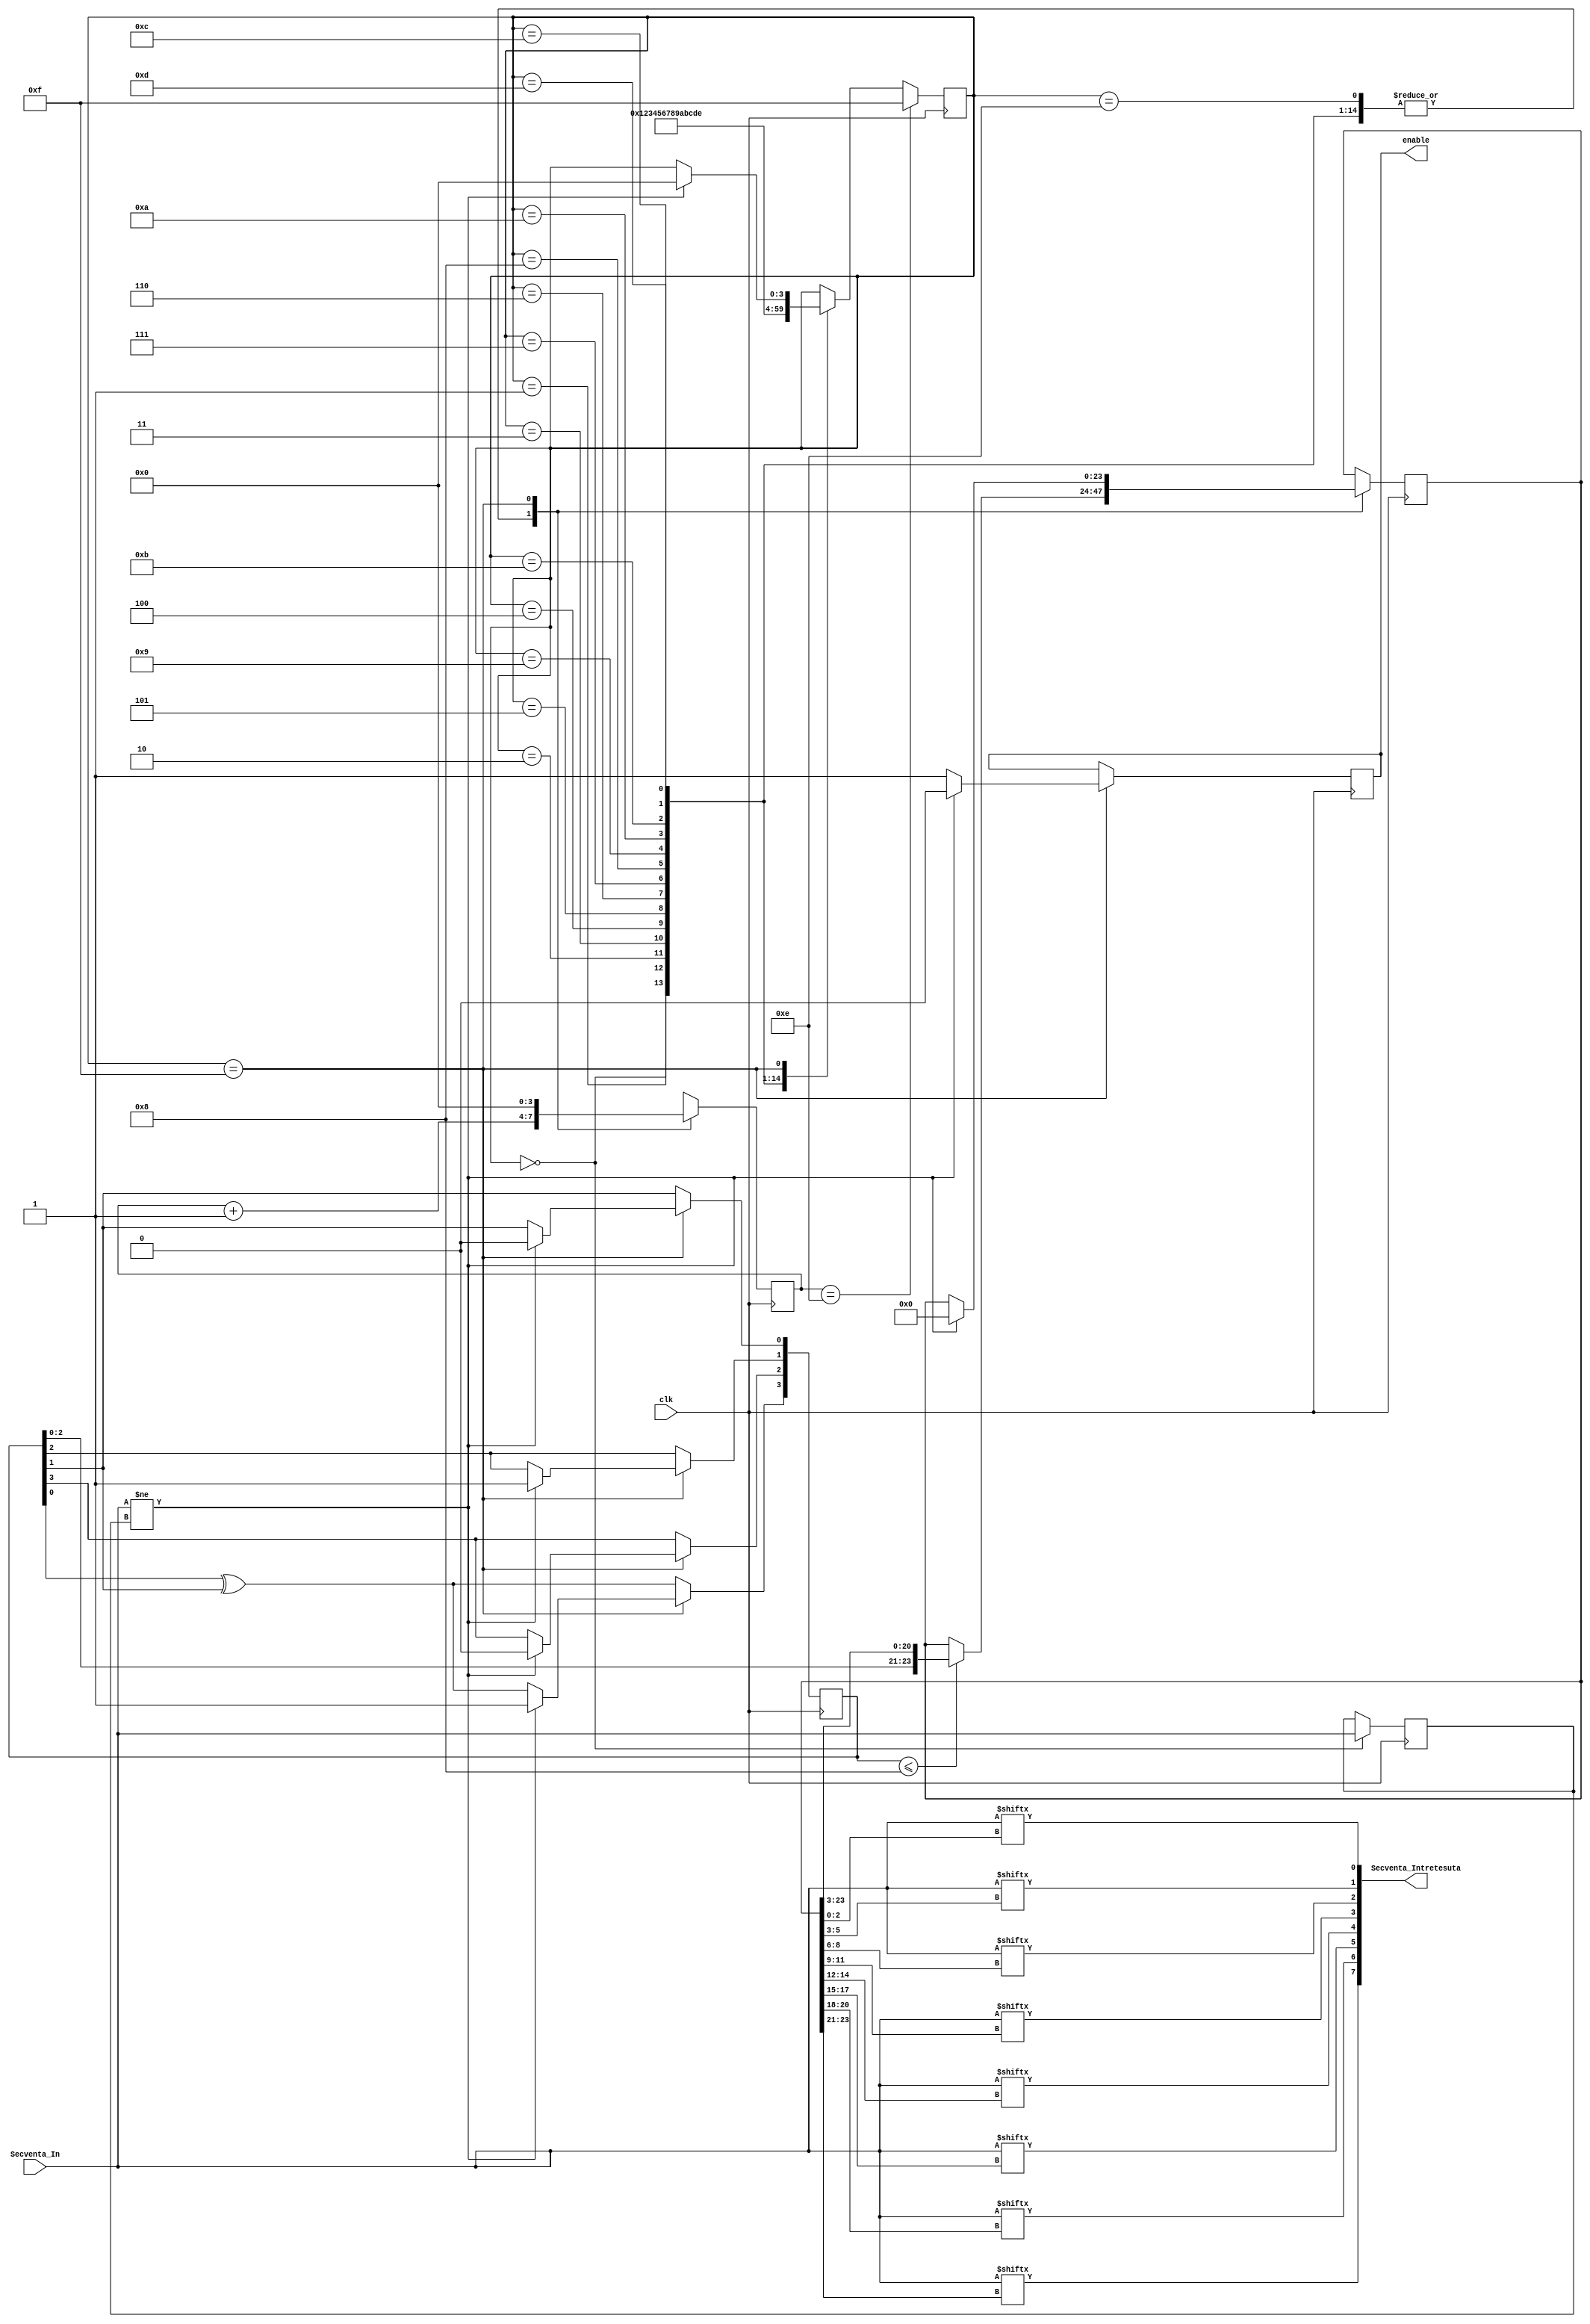
module IntretesatorAleator(clk,Secventa_In,Secventa_Intretesuta,enable
	);

	input        clk;
	input  [7:0] Secventa_In;
	output [7:0] Secventa_Intretesuta;
	output reg   enable;

	reg [3:0]  d       = 4'b1010; //SEED 'd1010
	reg [3:0]  contor   = 4'b0; //CELULE DE INTARZIERE
	reg [3:0]  state    = 4'b0;//FSM
	reg [23:0] indice   = 24'b0;
	reg [7:0]  reg_temp = 8'b0;//PENTRU REALUARE ALGORITM DATE DE INTRARE NOI

	//LFSR Interleaver based method
	assign Secventa_Intretesuta={Secventa_In[indice[23:21]],Secventa_In[indice[20:18]],Secventa_In[indice[17:15]],Secventa_In[indice[14:12]],Secventa_In[indice[11:9]],Secventa_In[indice[8:6]],Secventa_In[indice[5:3]],Secventa_In[indice[2:0]]};

	integer i;

	always @(posedge clk) begin
		d[3] <= d[0] ^ d[1];
		for (i=0; i<=2; i=i+1) begin //POLINOM PRIMITIV GENERATOR= X^4 + X + 1;
			d[i] <= d[i+1];
		end
		
		case (state)
			4'b0000: begin
			reg_temp <= Secventa_In;
				if({d[3],d[2],d[1],d[0]} <= 4'b1000) begin
					indice[23:0] <= {{d[2],d[1],d[0]}, indice[23:3]};
				end
			state  <= 4'b0001;
			contor <= contor + 1'b1;
			end
			
			4'b0001: begin
				if({d[3],d[2],d[1],d[0]} <= 4'b1000)begin
					indice[23:0] <= {{d[2],d[1],d[0]}, indice[23:3]};
				end
			state  <= 4'b0010;
			contor <= contor + 1'b1;
			end
			
			4'b0010: begin
				if({d[3],d[2],d[1],d[0]} <= 4'b1000) begin
					indice[23:0] <= {{d[2],d[1],d[0]}, indice[23:3]};
				end
			state  <= 4'b0011;
			contor <= contor + 1'b1;
			end
			
			4'b0011: begin
				if({d[3],d[2],d[1],d[0]} <= 4'b1000) begin
					indice[23:0] <= {{d[2],d[1],d[0]}, indice[23:3]};
				end
			state  <= 4'b0100;
			contor <= contor + 1'b1;
			end
			
			4'b0100: begin
				if({d[3],d[2],d[1],d[0]} <= 4'b1000) begin
					indice[23:0] <= {{d[2],d[1],d[0]}, indice[23:3]};
				end
			state  <= 4'b0101;
			contor <= contor + 1'b1;
			end
			
			4'b0101: begin
				if({d[3],d[2],d[1],d[0]} <= 4'b1000) begin
					indice[23:0] <= {{d[2],d[1],d[0]}, indice[23:3]};
				end
			state  <= 4'b0110;
			contor <= contor + 1'b1;
			end
			
			4'b0110: begin
				if({d[3],d[2],d[1],d[0]} <= 4'b1000) begin
					indice[23:0] <= {{d[2],d[1],d[0]}, indice[23:3]};
				end
			state<=4'b0111;
			contor<=contor + 1'b1;
			end
			
			4'b0111: begin
				if({d[3],d[2],d[1],d[0]} <= 4'b1000) begin
					indice[23:0] <= {{d[2],d[1],d[0]}, indice[23:3]};
				end
			state  <= 4'b1000;
			contor <= contor + 1'b1;	
			end
			
			4'b1000: begin
				if({d[3],d[2],d[1],d[0]} <= 4'b1000) begin
					indice[23:0] <= {{d[2],d[1],d[0]}, indice[23:3]};
				end
			state  <= 4'b1001;
			contor <= contor + 1'b1;
			end
			
			4'b1001: begin
				if({d[3],d[2],d[1],d[0]} <= 4'b1000) begin
					indice[23:0] <= {{d[2],d[1],d[0]}, indice[23:3]};
				end
			state  <= 4'b1010;
			contor <= contor + 1'b1;	
			end
			
			4'b1010: begin
				if({d[3],d[2],d[1],d[0]} <= 4'b1000) begin
					indice[23:0] <= {{d[2],d[1],d[0]}, indice[23:3]};
				end
			state  <= 4'b1011;
			contor <= contor + 1'b1;	
			end
			
			4'b1011: begin
				if({d[3],d[2],d[1],d[0]} <= 4'b1000) begin
					indice[23:0] <= {{d[2],d[1],d[0]}, indice[23:3]};
				end
			state  <= 4'b1100;
			contor <= contor + 1'b1;
			end
			
			4'b1100: begin
				if({d[3],d[2],d[1],d[0]} <= 4'b1000) begin
					indice[23:0] <= {{d[2],d[1],d[0]}, indice[23:3]};
				end
			state  <= 4'b1101;
			contor <= contor + 1'b1;
			end 
			
			4'b1101: begin
				if({d[3],d[2],d[1],d[0]} <= 4'b1000) begin
					indice[23:0] <= {{d[2],d[1],d[0]}, indice[23:3]};
				end
			state  <= 4'b1110;
			contor <= contor + 1'b1;
			end
			
			4'b1110: begin
				if({d[3],d[2],d[1],d[0]} <= 4'b1000) begin
					indice[23:0] <= {{d[2],d[1],d[0]}, indice[23:3]};
				end
			contor <= contor + 1'b1;
			end
			
			4'b1111: begin //FINAL STATE
				enable<=1'b1;
				contor<=4'b0;
				if(Secventa_In!=reg_temp)begin
					d      <= 4'b1010;
					state  <= 4'b0000;
					enable <= 1'b0;
					indice <= 24'b0;
				end
			end
			endcase
		if(contor == 4'b1110) begin
			state <= 4'b1111;
		end
	end
endmodule